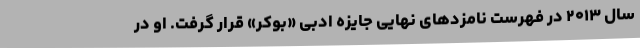
سال ۲۰۱۳ در فهرست نامزدهای نهایی جایزه ادبی «بوکر» قرار گرفت. او در